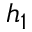
h _ { 1 }